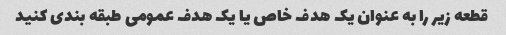
قطعه زیر را به عنوان یک هدف خاص یا یک هدف عمومی طبقه بندی کنید